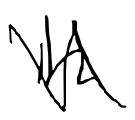
Text: in
Cross-out: zig-zag
Writing tool: digital_black